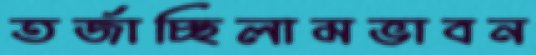
তর্জাচ্ছিলামভাবন